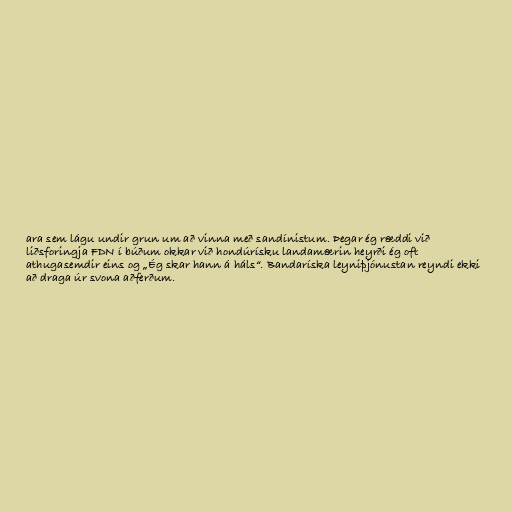
ara sem lágu undir grun um að vinna með sandínistum. Þegar ég ræddi við
liðsforingja FDN í búðum okkar við hondúrísku landamærin heyrði ég oft
athugasemdir eins og „Ég skar hann á háls“. Bandaríska leyniþjónustan reyndi ekki
að draga úr svona aðferðum.